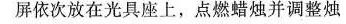
屏依次放在光具座上，点燃蜡烛并调整烛